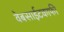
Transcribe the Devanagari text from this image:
वेबसाईटकाफी